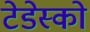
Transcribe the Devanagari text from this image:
टेडेस्को